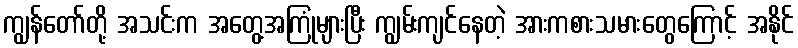
ကျွန်တော်တို့ အသင်းက အတွေ့အကြုံများပြီး ကျွမ်းကျင်နေတဲ့ အားကစားသမားတွေကြောင့် အနိုင်